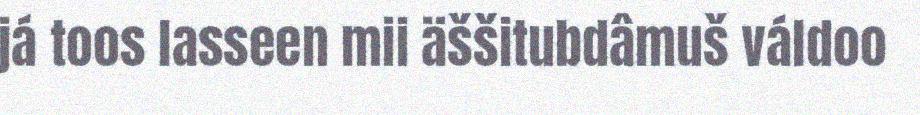
já toos lasseen mii äššitubdâmuš váldoo